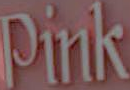
Pink